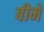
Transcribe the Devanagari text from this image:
बीमें